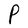
Character: P